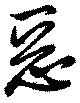
悪